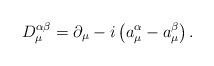
LaTeX: \begin{align*}D_\mu^{\alpha\beta}=\partial_\mu-i\left(a^\alpha_\mu-a^\beta_\mu\right).\end{align*}